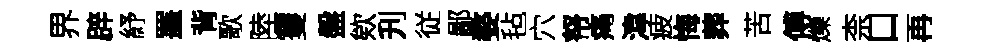
界辟紓罣背歌陸䨥盤欸刋従鄙婺毡穴帑痛湋疲悔葬苦傅爍柰口再